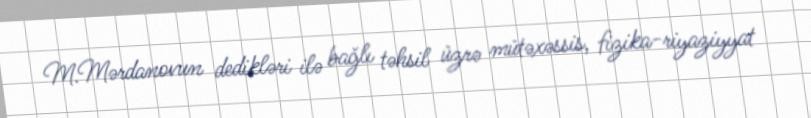
M.Mərdanovun dedikləri ilə bağlı təhsil üzrə mütəxəssis, fizika-riyaziyyat